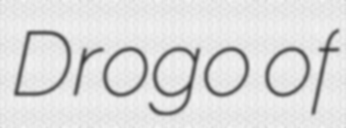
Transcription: Drogo of